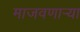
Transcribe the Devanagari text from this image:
माजवणाऱ्या